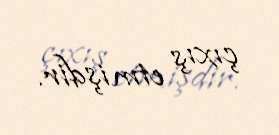
çıxış etmişdir.